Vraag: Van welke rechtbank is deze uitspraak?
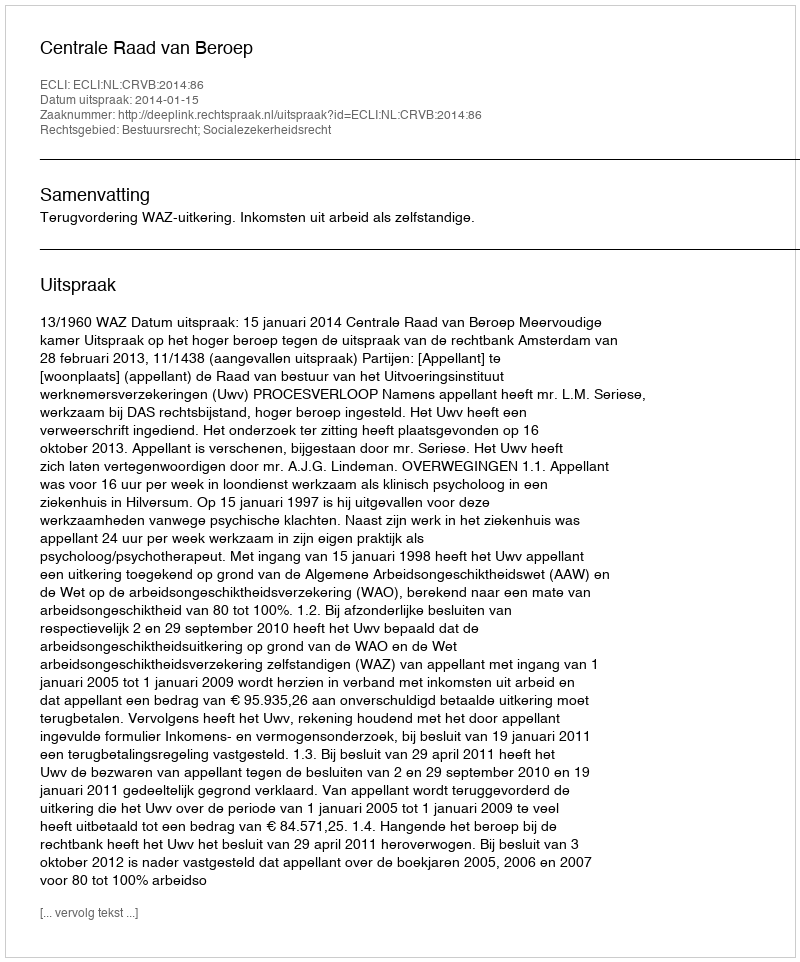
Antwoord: Centrale Raad van Beroep